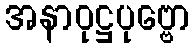
အနာဝုဋ္ဌပုဗ္ဗော